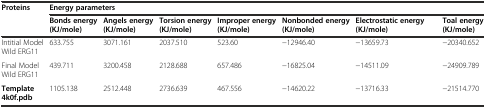
<table><thead><tr><td rowspan="2"><b>Proteins</b></td><td colspan="7"><b>Energy parameters</b></td></tr><tr><td><b>Bonds energy (KJ/mole)</b></td><td><b>Angels energy (KJ/mole)</b></td><td><b>Torsion energy (KJ/mole)</b></td><td><b>Improper energy (KJ/mole)</b></td><td><b>Nonbonded energy (KJ/mole)</b></td><td><b>Electrostatic energy (KJ/mole)</b></td><td><b>Toal energy (KJ/mole)</b></td></tr></thead><tbody><tr><td>Intitial Model Wild ERG11</td><td>633.755</td><td>3071.161</td><td>2037.510</td><td>523.60</td><td>-12946.40</td><td>-13659.73</td><td>-20340.652</td></tr><tr><td>Final Model Wild ERG11</td><td>439.711</td><td>3200.458</td><td>2128.688</td><td>657.486</td><td>-16825.04</td><td>-14511.09</td><td>-24909.789</td></tr><tr><td><b>Template 4k0f.pdb</b></td><td>1105.138</td><td>2512.448</td><td>2736.639</td><td>467.556</td><td>-14620.22</td><td>-13716.33</td><td>-21514.770</td></tr></tbody></table>